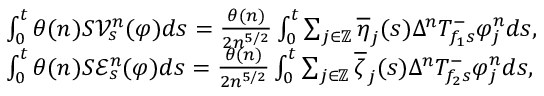
\begin{array} { r l } & { \int _ { 0 } ^ { t } \theta ( n ) S \mathcal { V } _ { s } ^ { n } ( \varphi ) d s = \frac { \theta ( n ) } { 2 n ^ { 5 / 2 } } \int _ { 0 } ^ { t } \sum _ { j \in \mathbb { Z } } \overline { \eta } _ { j } ( s ) \Delta ^ { n } T _ { f _ { 1 } s } ^ { - } \varphi _ { j } ^ { n } d s , } \\ & { \int _ { 0 } ^ { t } \theta ( n ) S \mathcal { E } _ { s } ^ { n } ( \varphi ) d s = \frac { \theta ( n ) } { 2 n ^ { 5 / 2 } } \int _ { 0 } ^ { t } \sum _ { j \in \mathbb { Z } } \overline { { \zeta } } _ { j } ( s ) \Delta ^ { n } T _ { f _ { 2 } s } ^ { - } \varphi _ { j } ^ { n } d s , } \end{array}